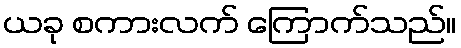
ယခု စကားလက် ကြောက်သည်။